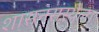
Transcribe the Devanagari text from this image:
शासनसंस्थेला